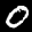
Label: 0